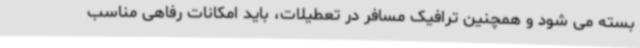
بسته می شود و همچنین ترافیک مسافر در تعطیلات، باید امکانات رفاهی مناسب